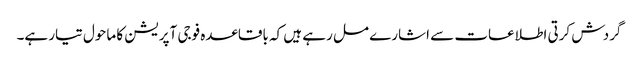
گردش کرتی اطلاعات سے اشارے مل رہے ہیں کہ باقاعدہ فوجی آپریشن کا ماحول تیار ہے۔